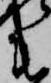
衛